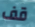
قف